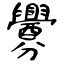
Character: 釁